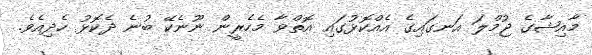
މާއިޝާގެ ޖުމްލަ އަނގައިގެ އެއްކޮޅުގައި އޮތްވާ މެހެރީން ނޫނެކޭ ބުނެ ދެކޮޅު ހެދިއެވެ.